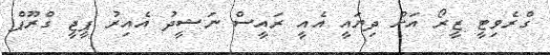
ގްރެވިޓީ ޒީރޯ އަށް ދިޔައީ އެއީ ރައީސް ނަޝީދު އެއިރު ޕީޖީ ގްރޫޕް